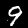
Label: 9